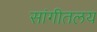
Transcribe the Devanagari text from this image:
सांगीतलय